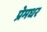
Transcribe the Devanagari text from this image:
प्रेमधर